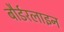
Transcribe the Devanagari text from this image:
बौर्डरलाइन